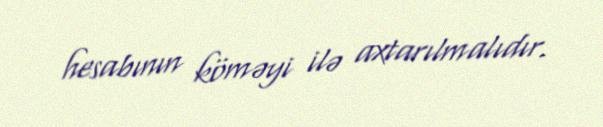
hesabının köməyi ilə axtarılmalıdır.